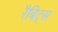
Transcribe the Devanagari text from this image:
रैबिट्स